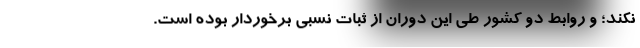
نکند؛ و روابط دو کشور طی این دوران از ثبات نسبی برخوردار بوده است.